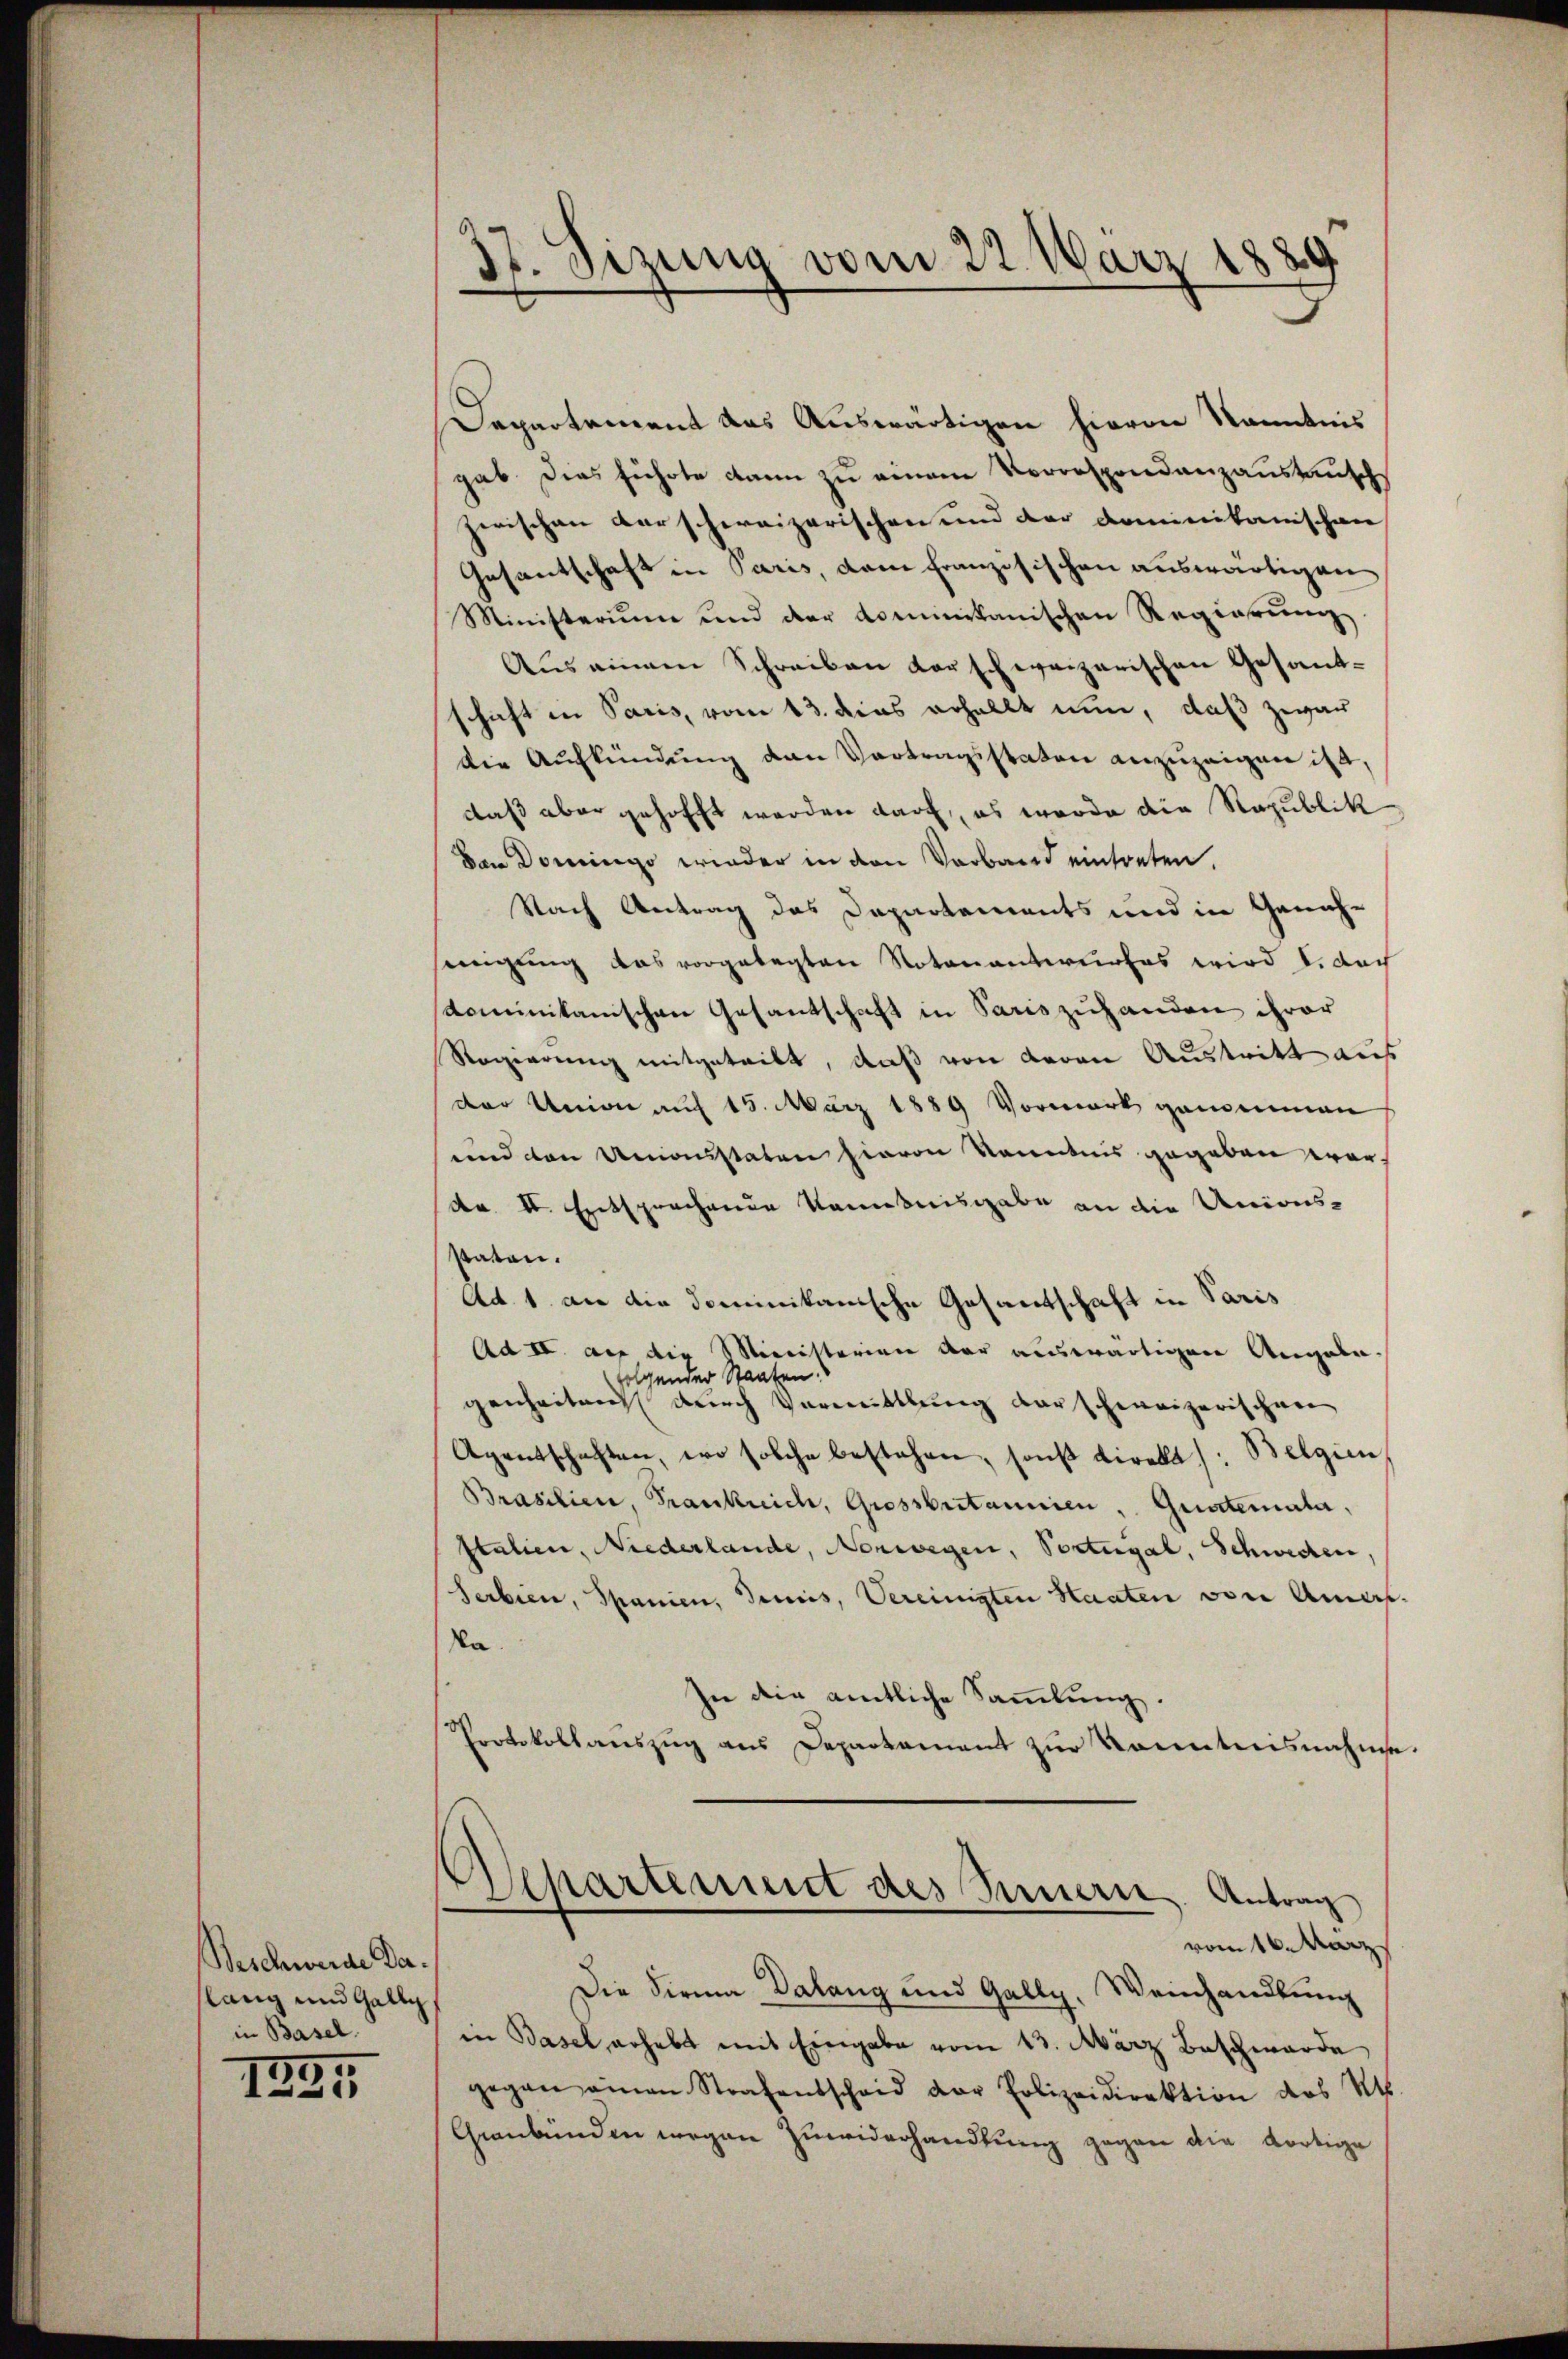
Beschwerde Da
lang und Galle
in Basel.
1225

Departement das Auswärtigen hievon Kenntnis
gab. Dies führte kann zu einem Vorrespondanzaustausch
zerischen darschweizerischen und der Dominikanischen
Gesandtschaft in Paris, dem französischen auswärtigen
Ministerium und der dominikanischen Regierŭng
Aŭs einem Schreiben darschweizerischen Gesandschicht in Paris, vom 13. dies erhalbt nun, daß zwar
die Aufkündung den Vortragsstaten anzuzeigen ist,
daß aber gehofft werden darf, es wurde die Republik
Dan Domingo wieder in den Verband eintreten.
Nach Antrag des Departements und in Genehmigung das vorgelegten Notenantwurfes wird u. dach
dominikanischen Gesantschaft in Paris zuhanden ihrer
Regierung mitgeteilt, daß von deren Austritt auf
der Union auf 15. März 1889 Vormerk genommen
und den Unanstaten hievon Kenntnis gegeben war.
de II. Entsprochenen kanntnisgabe an die Unions-
staten.
Ad 1. an die dominikanische Gesandschaft in Paris
Ad IV. auf die Ministerium der auswärtigen Angabe-
folgender Staaten.
genheiten durch Vormittlung der schweizerischen
Agentschaften, wo solche bestehen, sonst direkt /: Belgien
Brasilien, Frankrich, Grossbritannien, Guartemata,
Italien, Niederlande, Norwegen, Portugal, Schweden,
Serbien, Spanien, demnis, Vereinigten Haaten von Amers
Na
In die amtliche Sammlung.
Protokollauszug aus Departement zur Kenntnisnahme
Departement des Innern. Antrag
vom 16. März
Die Firma Dalang und Gally, Weinhandlung
in Basel erhebt mit Eingabe vom 13. März Beschwerde
gegen amen Strafentscheid der Polizeidirektion des Kts.
Graubünden wegen Zuwiderhandlung gegen die dortige

37. Sizung vom 22. März 1889
.